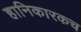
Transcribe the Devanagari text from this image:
हानिकारकच